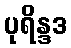
ပုရိန္ဒဒ